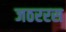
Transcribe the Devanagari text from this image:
जठररस